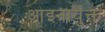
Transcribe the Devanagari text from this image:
आइनायुक्त